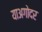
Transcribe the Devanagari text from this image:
याअगोदर